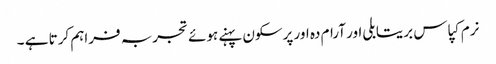
نرم کپاس بریتابلی اور آرام دہ اور پرسکون پہنے ہوئے تجربہ فراہم کرتا ہے ۔